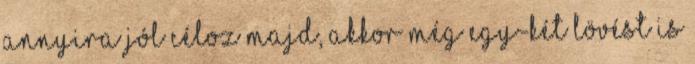
annyira jól céloz majd, akkor még egy-két lövést is